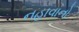
નહાવાનો